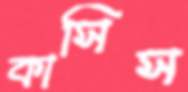
কাসিস